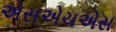
એસએચએસ